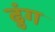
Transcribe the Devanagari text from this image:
ढुंग